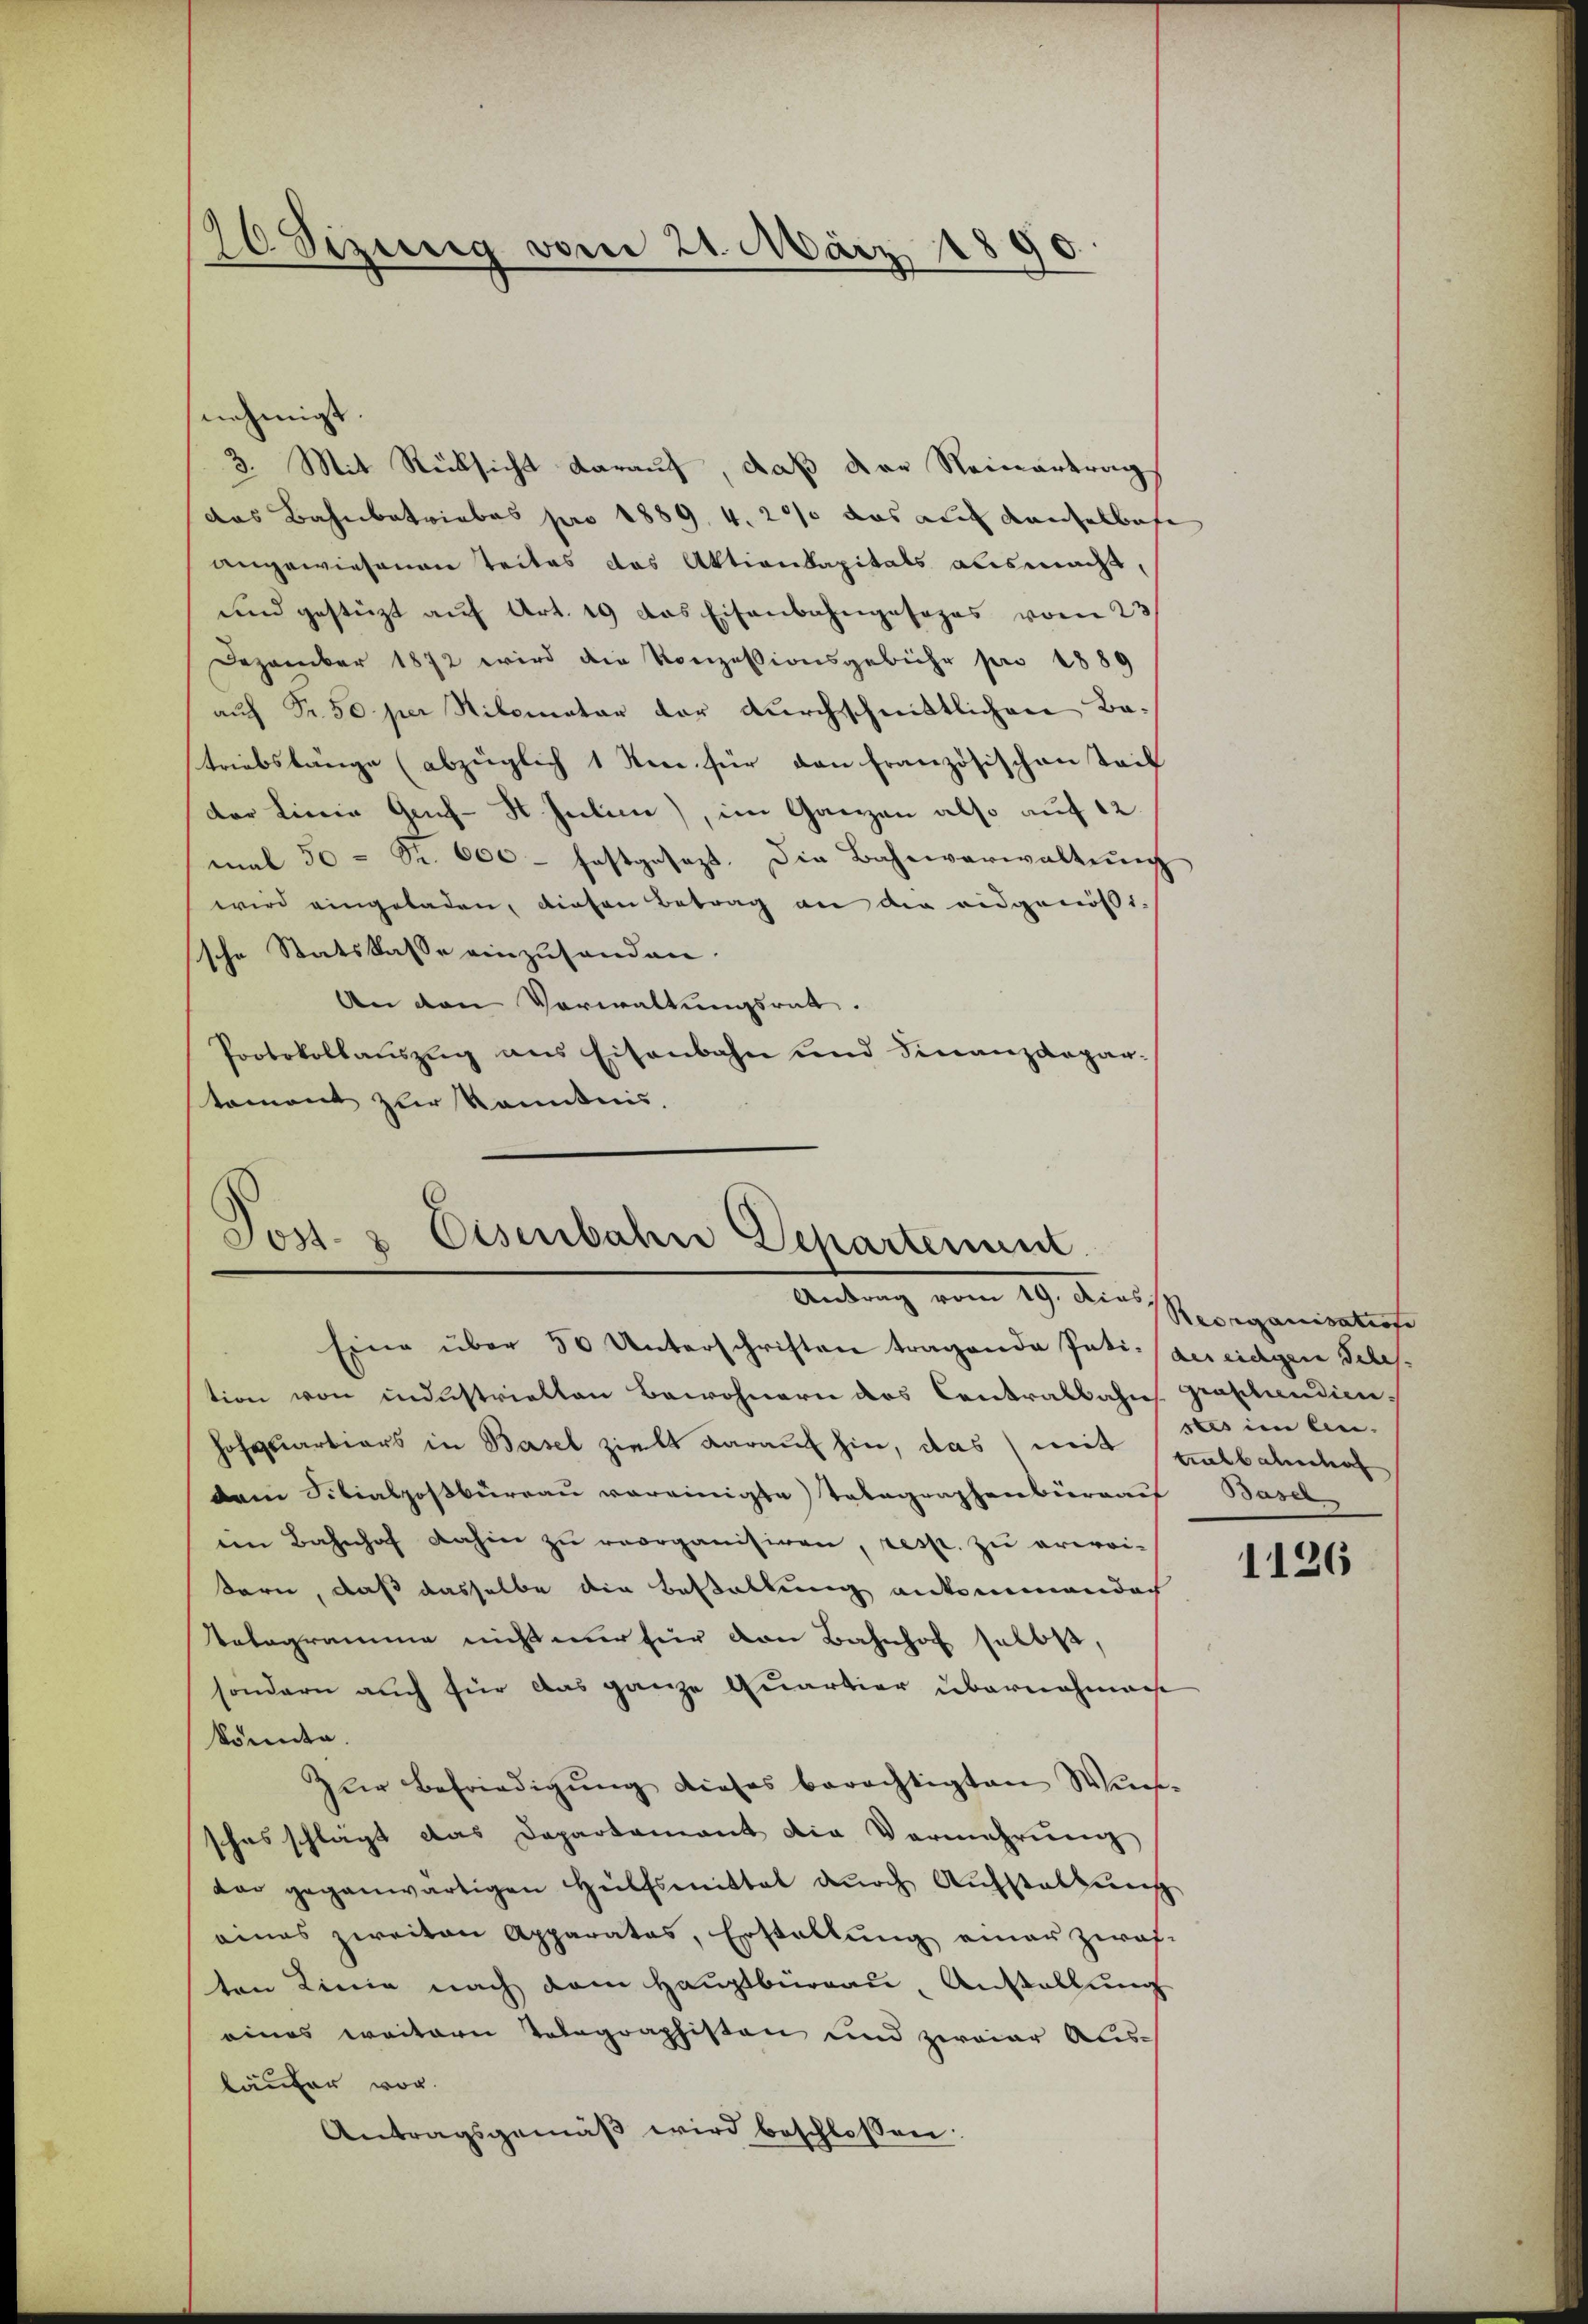
26 Sizung vom 21. März 1890.

nehmigt.
3. Mit Rücksicht darauf, daß der Reinantrag
das Bahnbetriebes pro 1889, 4. 200 das auf Kaufelbafe
angewiesenen Teiles das Aktionkapitals ausmacht,
und gestüzt aŭf Art. 19 das Eisenbahngesages vom 23
Dezember 1872 wird die Konzessionsgebühr pro 1889
auf Fr. 50 per Nitomater der durchschnittlichen Batriebslänge (abzüglich 1 Ren für den Französischen Teil
der Linie Genf-St. Julii), im Ganzen also auf 12.
mal 50 = Fr. 600 - festgesezt. Die Bahnverwaltung
wird eingeladen, diesen Betrag an die eidgenößische Statskasse einzuhanden.
An den Verwaltungsrat.
Protokollauszug aus Eisenbahn und Finanzdeparstament zur kanntnis.

Jost- & Eisenbahn Departement
19. Dies Reorganisatiose
Eine über 50 Unterschriften tragende Pati- Beeidigen Teles.

tion von industriellen Bewohnern des Contralbahne graphendienhofquartiers in Basel zielt darauf hin, das weiß Kalbahnhof
dem Sibialpostbüreau vereinigte Telegraphenberauf Baser
ein Bahnhof dahin zŭ reorganisiren, resp. zu erwei-
sern, daß dasselbe die Bestallung ankommendach
Velogramme nicht nur für den Bahnhof selbst,
sondern auch für das ganze Quartier übernahmenst
könnte.
zŭr Befriedigŭng dieses berechtigten Weis-
schas schlägt das Departamant die Vermehrŭng
dar gegenwärtigen Hülfsmittal durch Aufstattung
eines zweiten Apparates, Erstellung einer zwaf-
ten Linie nach dem Hauptbüreau, Anstallung
eines weitern Telegraphisten und zweier Ausläufer vor.
Antragsgemäβ wird beschlossen:

sts im lin.

1126